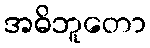
အဓိဘူတော